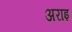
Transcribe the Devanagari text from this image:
अराइ